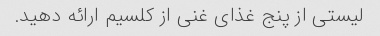
لیستی از پنج غذای غنی از کلسیم ارائه دهید.